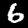
Label: 6